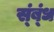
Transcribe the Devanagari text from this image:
स्ंब्ंध